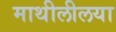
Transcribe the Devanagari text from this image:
माथीलीलया